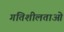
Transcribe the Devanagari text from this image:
गतिशीलताओ